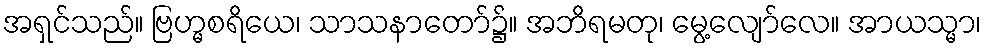
အရှင်သည်။ ဗြဟ္မစရိယေ၊ သာသနာတော်၌။ အဘိရမတု၊ မွေ့လျော်လေ။ အာယသ္မာ၊